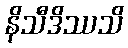
နိသီဒိဿသိ